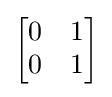
{\begin{bmatrix}0&1\\0&1\end{bmatrix}}